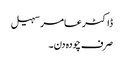
ڈاکٹر عامر سہیل
صرف چودہ دن۔